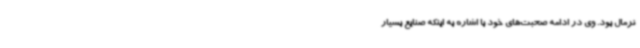
نرمال بود. وی در ادامه صحبت‌های خود با اشاره به اینکه صنایع بسیار